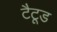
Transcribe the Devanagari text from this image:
टैटूड